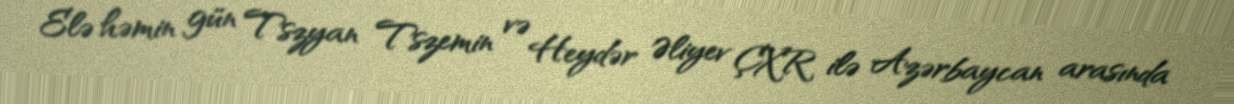
Elə həmin gün Tszyan Tszemin və Heydər Əliyev ÇXR ilə Azərbaycan arasında